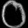
Digit: ၀